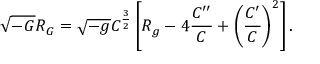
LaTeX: \sqrt { - G } { \cal R } _ { G } = \sqrt { - g } { \cal C } ^ { \frac { 3 } { 2 } } \left[ { \cal R } _ { g } - 4 { \frac { { \cal C } ^ { \prime \prime } } { \cal C } } + \left( { \frac { { \cal C } ^ { \prime } } { \cal C } } \right) ^ { 2 } \right] .